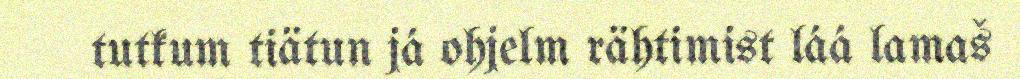
tutkum tiätun já ohjelm rähtimist láá lamaš